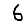
Digit: 6